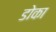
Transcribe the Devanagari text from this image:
डोका